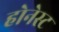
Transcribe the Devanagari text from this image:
होनेस्ट